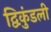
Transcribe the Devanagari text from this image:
द्विकुंडली